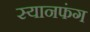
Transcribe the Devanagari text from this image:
स्यानफंग